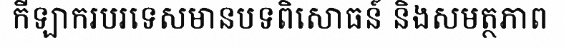
កីឡាករបរទេសមានបទពិសោធន៍ និងសមត្ថភាព